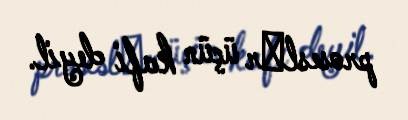
proseslәr üçün kafi deyil.